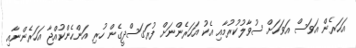
އަހަރެން އަވަސް އަވަހަށް ސުވާލުކުރުމާއި އެކު އަހަރެންނަށް ފުރަގަސްދީގެން ހުރި އަންހެންކުއްޖާ އަހަރެންނާއި